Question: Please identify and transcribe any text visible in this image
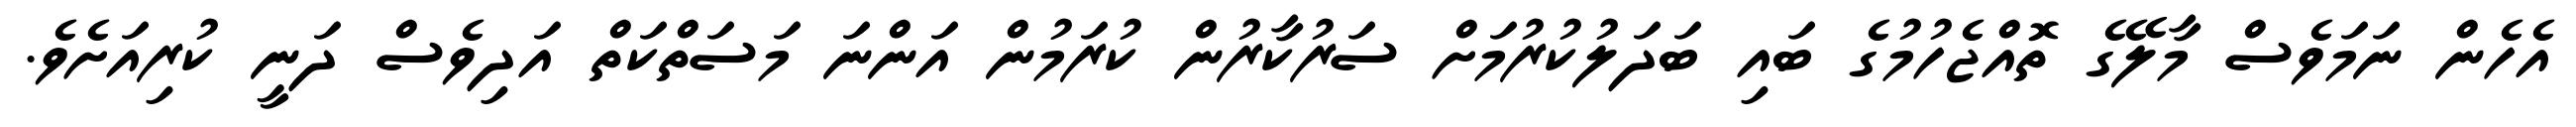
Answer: އެހެން ނަމަވެސް މާލޭގެ ތޮއްޖެހުމުގެ ބައި ބަދަލުކުރުމަށް ސަރުކާރުން ކުރަމުން އަންނަ މަސަތްކަތް އަދިވެސް ދަނީ ކުރިއަށެވެ.